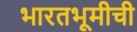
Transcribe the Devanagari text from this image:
भारतभूमीची